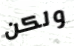
ولكن